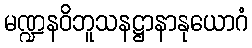
မဏ္ဍနဝိဘူသနဋ္ဌာနာနုယောဂံ